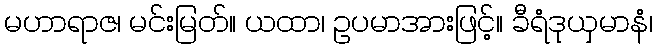
မဟာရာဇ၊ မင်းမြတ်။ ယထာ၊ ဥပမာအားဖြင့်။ ခီရံဒုယှမာနံ၊